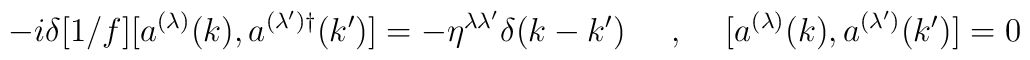
-i\delta [1/f] [a^{(\lambda)}(k),a^{(\lambda') \dagger}(k')]=-\eta^{\lambda \lambda'}\delta (k-k')\makebox[.5in]{,}[a^{(\lambda)}(k),a^{(\lambda')}(k')]=0